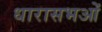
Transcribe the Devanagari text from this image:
धारासभओं